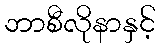
ဘာစီလိုနာနှင့်